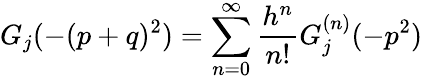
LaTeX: G_{j}(-(p+q)^{2})=\sum_{n=0}^{\infty}{\frac{h^{n}}{n!}}G_{j}^{(n)}(-p^{2})